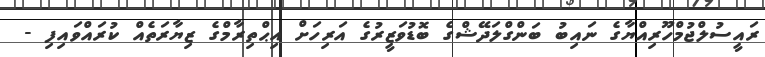
ރައީސުލްޖުމްހޫރިއްޔާގެ ނައިބު ބަންގްލަދޭޝްގެ ބޮޑުވަޒީރުގެ އަރިހަށް އިޙްތިރާމްގެ ޒިޔާރަތެއް ކުރައްވައިފި -